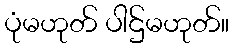
ပုံမဟုတ် ပါဌ်မဟုတ်။